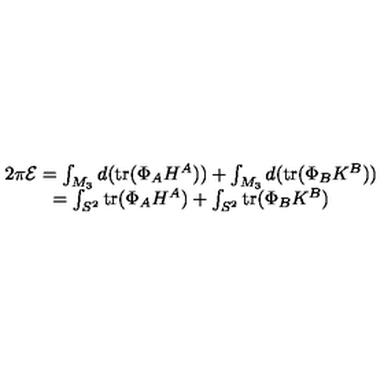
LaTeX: \begin{array} { c } { 2 \pi { \cal E } = \int _ { M _ { 3 } } d ( \mathrm { t r } ( \Phi _ { A } H ^ { A } ) ) + \int _ { M _ { 3 } } d ( \mathrm { t r } ( \Phi _ { B } K ^ { B } ) ) } \\ { = \int _ { S ^ { 2 } } \mathrm { t r } ( \Phi _ { A } H ^ { A } ) + \int _ { S ^ { 2 } } \mathrm { t r } ( \Phi _ { B } K ^ { B } ) } \\ \end{array}